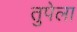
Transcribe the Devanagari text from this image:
तुपेला